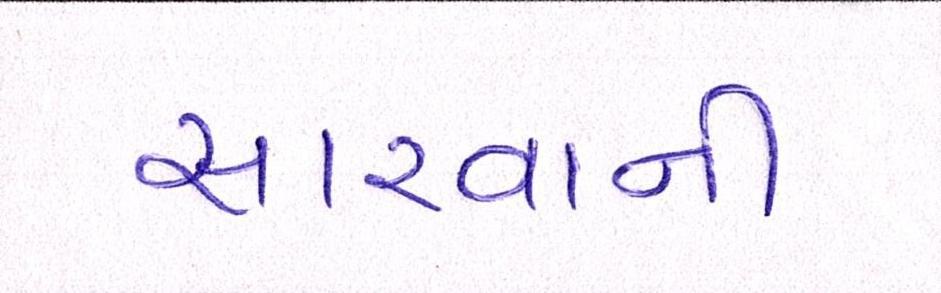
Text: સારવાની